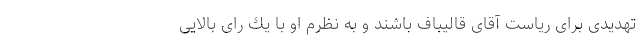
تهدیدی برای ریاست آقای قالیباف باشند و به نظرم او با یك رای بالایی